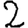
Digit: 2